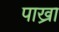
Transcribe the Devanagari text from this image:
पाख्रा